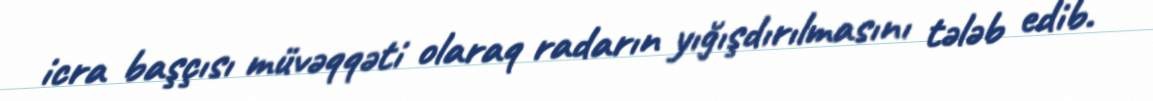
icra başçısı müvəqqəti olaraq radarın yığışdırılmasını tələb edib.